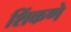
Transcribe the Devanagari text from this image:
शिंकणे